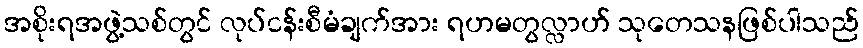
အစိုးရအဖွဲ့သစ်တွင် လုပ်ငန်းစီမံချက်အား ရဟမတွလ္လာဟ် သုတေသနဖြစ်ပါသည်